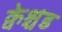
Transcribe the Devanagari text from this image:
क्वेश्चंड